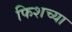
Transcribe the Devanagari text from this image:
फिशच्या